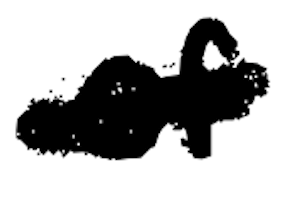
Text: of
Cross-out: single-line
Writing tool: digital_black